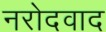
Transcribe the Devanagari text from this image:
नरोदवाद